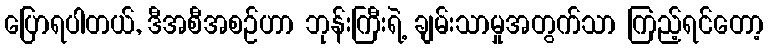
ပြောရပါတယ်, ဒီအစီအစဉ်ဟာ ဘုန်းကြီးရဲ့ ချမ်းသာမှုအတွက်သာ ကြည့်ရင်တော့